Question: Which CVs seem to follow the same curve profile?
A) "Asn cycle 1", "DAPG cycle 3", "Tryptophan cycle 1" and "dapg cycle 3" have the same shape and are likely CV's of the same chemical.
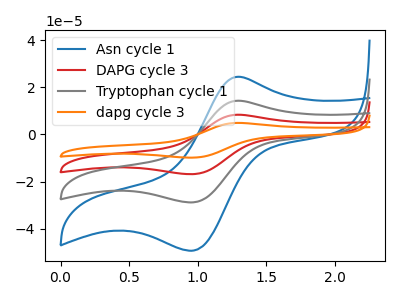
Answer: <think>The blue curve "Asn cycle 1" has an anodic peak at (1.30V, 24.45uA) and a cathodic peak at (0.95V, -49.30uA). The red curve "DAPG cycle 3" has an anodic peak at (1.30V, 28.60uA) and a cathodic peak at (0.95V, -57.60uA). The gray curve "Tryptophan cycle 1" has an anodic peak at (1.30V, 14.30uA) and a cathodic peak at (0.95V, -28.80uA). The orange curve "dapg cycle 3" has an anodic peak at (1.30V, 42.90uA) and a cathodic peak at (0.95V, -86.40uA).
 All the peaks in "Asn cycle 1" have a peak in "DAPG cycle 3" at the same potential. Every peak in "Asn cycle 1" is lower than every peak in "DAPG cycle 3". All the peaks in "Asn cycle 1" have a peak in "Tryptophan cycle 1" at the same potential. Every peak in "Asn cycle 1" is higher than every peak in "Tryptophan cycle 1". All the peaks in "Asn cycle 1" have a peak in "dapg cycle 3" at the same potential. Every peak in "Asn cycle 1" is lower than every peak in "dapg cycle 3". All the peaks in "DAPG cycle 3" have a peak in "Tryptophan cycle 1" at the same potential. Every peak in "DAPG cycle 3" is higher than every peak in "Tryptophan cycle 1". All the peaks in "DAPG cycle 3" have a peak in "dapg cycle 3" at the same potential. Every peak in "DAPG cycle 3" is lower than every peak in "dapg cycle 3". All the peaks in "Tryptophan cycle 1" have a peak in "dapg cycle 3" at the same potential. Every peak in "Tryptophan cycle 1" is lower than every peak in "dapg cycle 3".</think>
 <answer>A) "Asn cycle 1", "DAPG cycle 3", "Tryptophan cycle 1" and "dapg cycle 3" have the same shape and are likely CV's of the same chemical.</answer>
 <eval>A</eval>